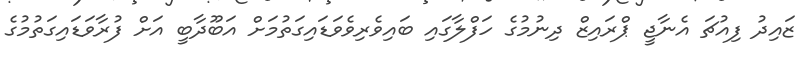
ޒައިދު ފިއުޗަ އެނާޖީ ޕްރައިޒް ދިނުމުގެ ހަފްލާގައި ބައިވެރިވެވަޑައިގަތުމަށް އަބޫދާބީ އަށް ފުރާވަޑައިގަތުމުގެ